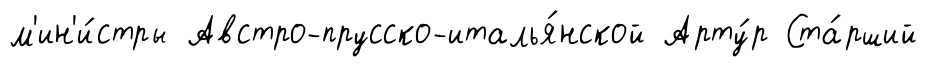
м'ин'и́стры Австро-прусско-италья́нской Арту́р Ста́рший